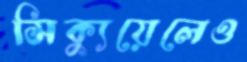
সিক্যুয়েলেও